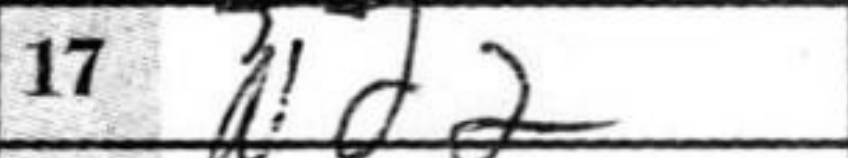
Transcription: Nd2